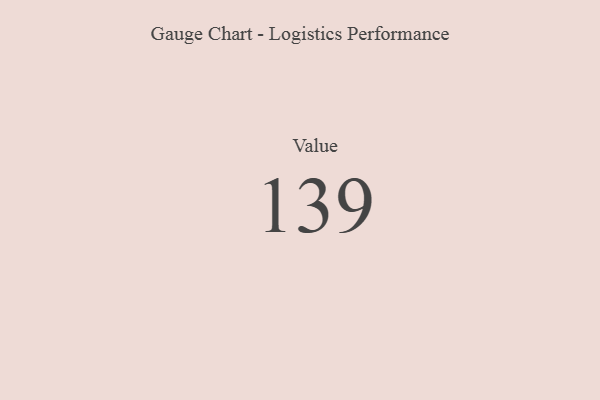
{"axis": {"x": "Metric", "y": "Value"}, "legend": [""], "data": [{"x": "Value", "y": 139, "type": ""}]}